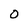
Character: 0